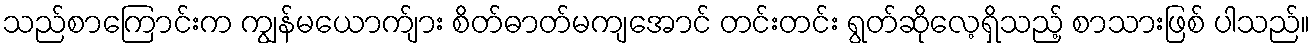
သည်စာကြောင်းက ကျွန်မယောက်ျား စိတ်ဓာတ်မကျအောင် တင်းတင်း ရွတ်ဆိုလေ့ရှိသည့် စာသားဖြစ် ပါသည်။